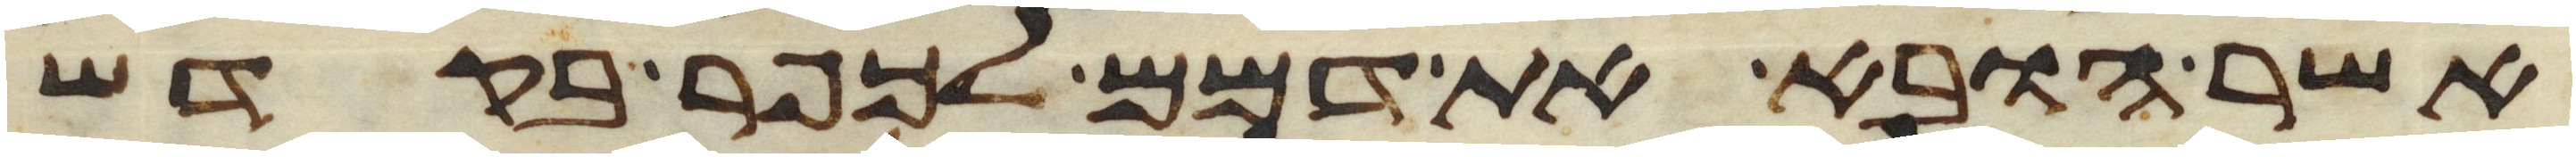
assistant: אשר הובא את דמם לכפר בקדש